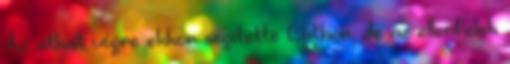
Az átkát végre ekkor segítette Chthon, de az ellenfelek